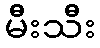
မီးသီး